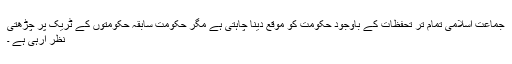
جماعت اسلامی تمام تر تحفظات کے باوجود حکومت کو موقع دینا چاہتی ہے مگر حکومت سابقہ حکومتوں کے ٹریک پر چڑھتی
نظر آرہی ہے ۔